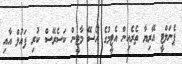
ޕެނަލްޓީ އޭރިޔާ ތެރެއިން އެޓީމުގެ ހޯސޭ މާޓީން ކަސެރޭސް ކުރި ފައުލް އާއި